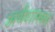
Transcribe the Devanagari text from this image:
अर्थशास्त्रम